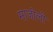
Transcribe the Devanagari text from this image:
माजोली